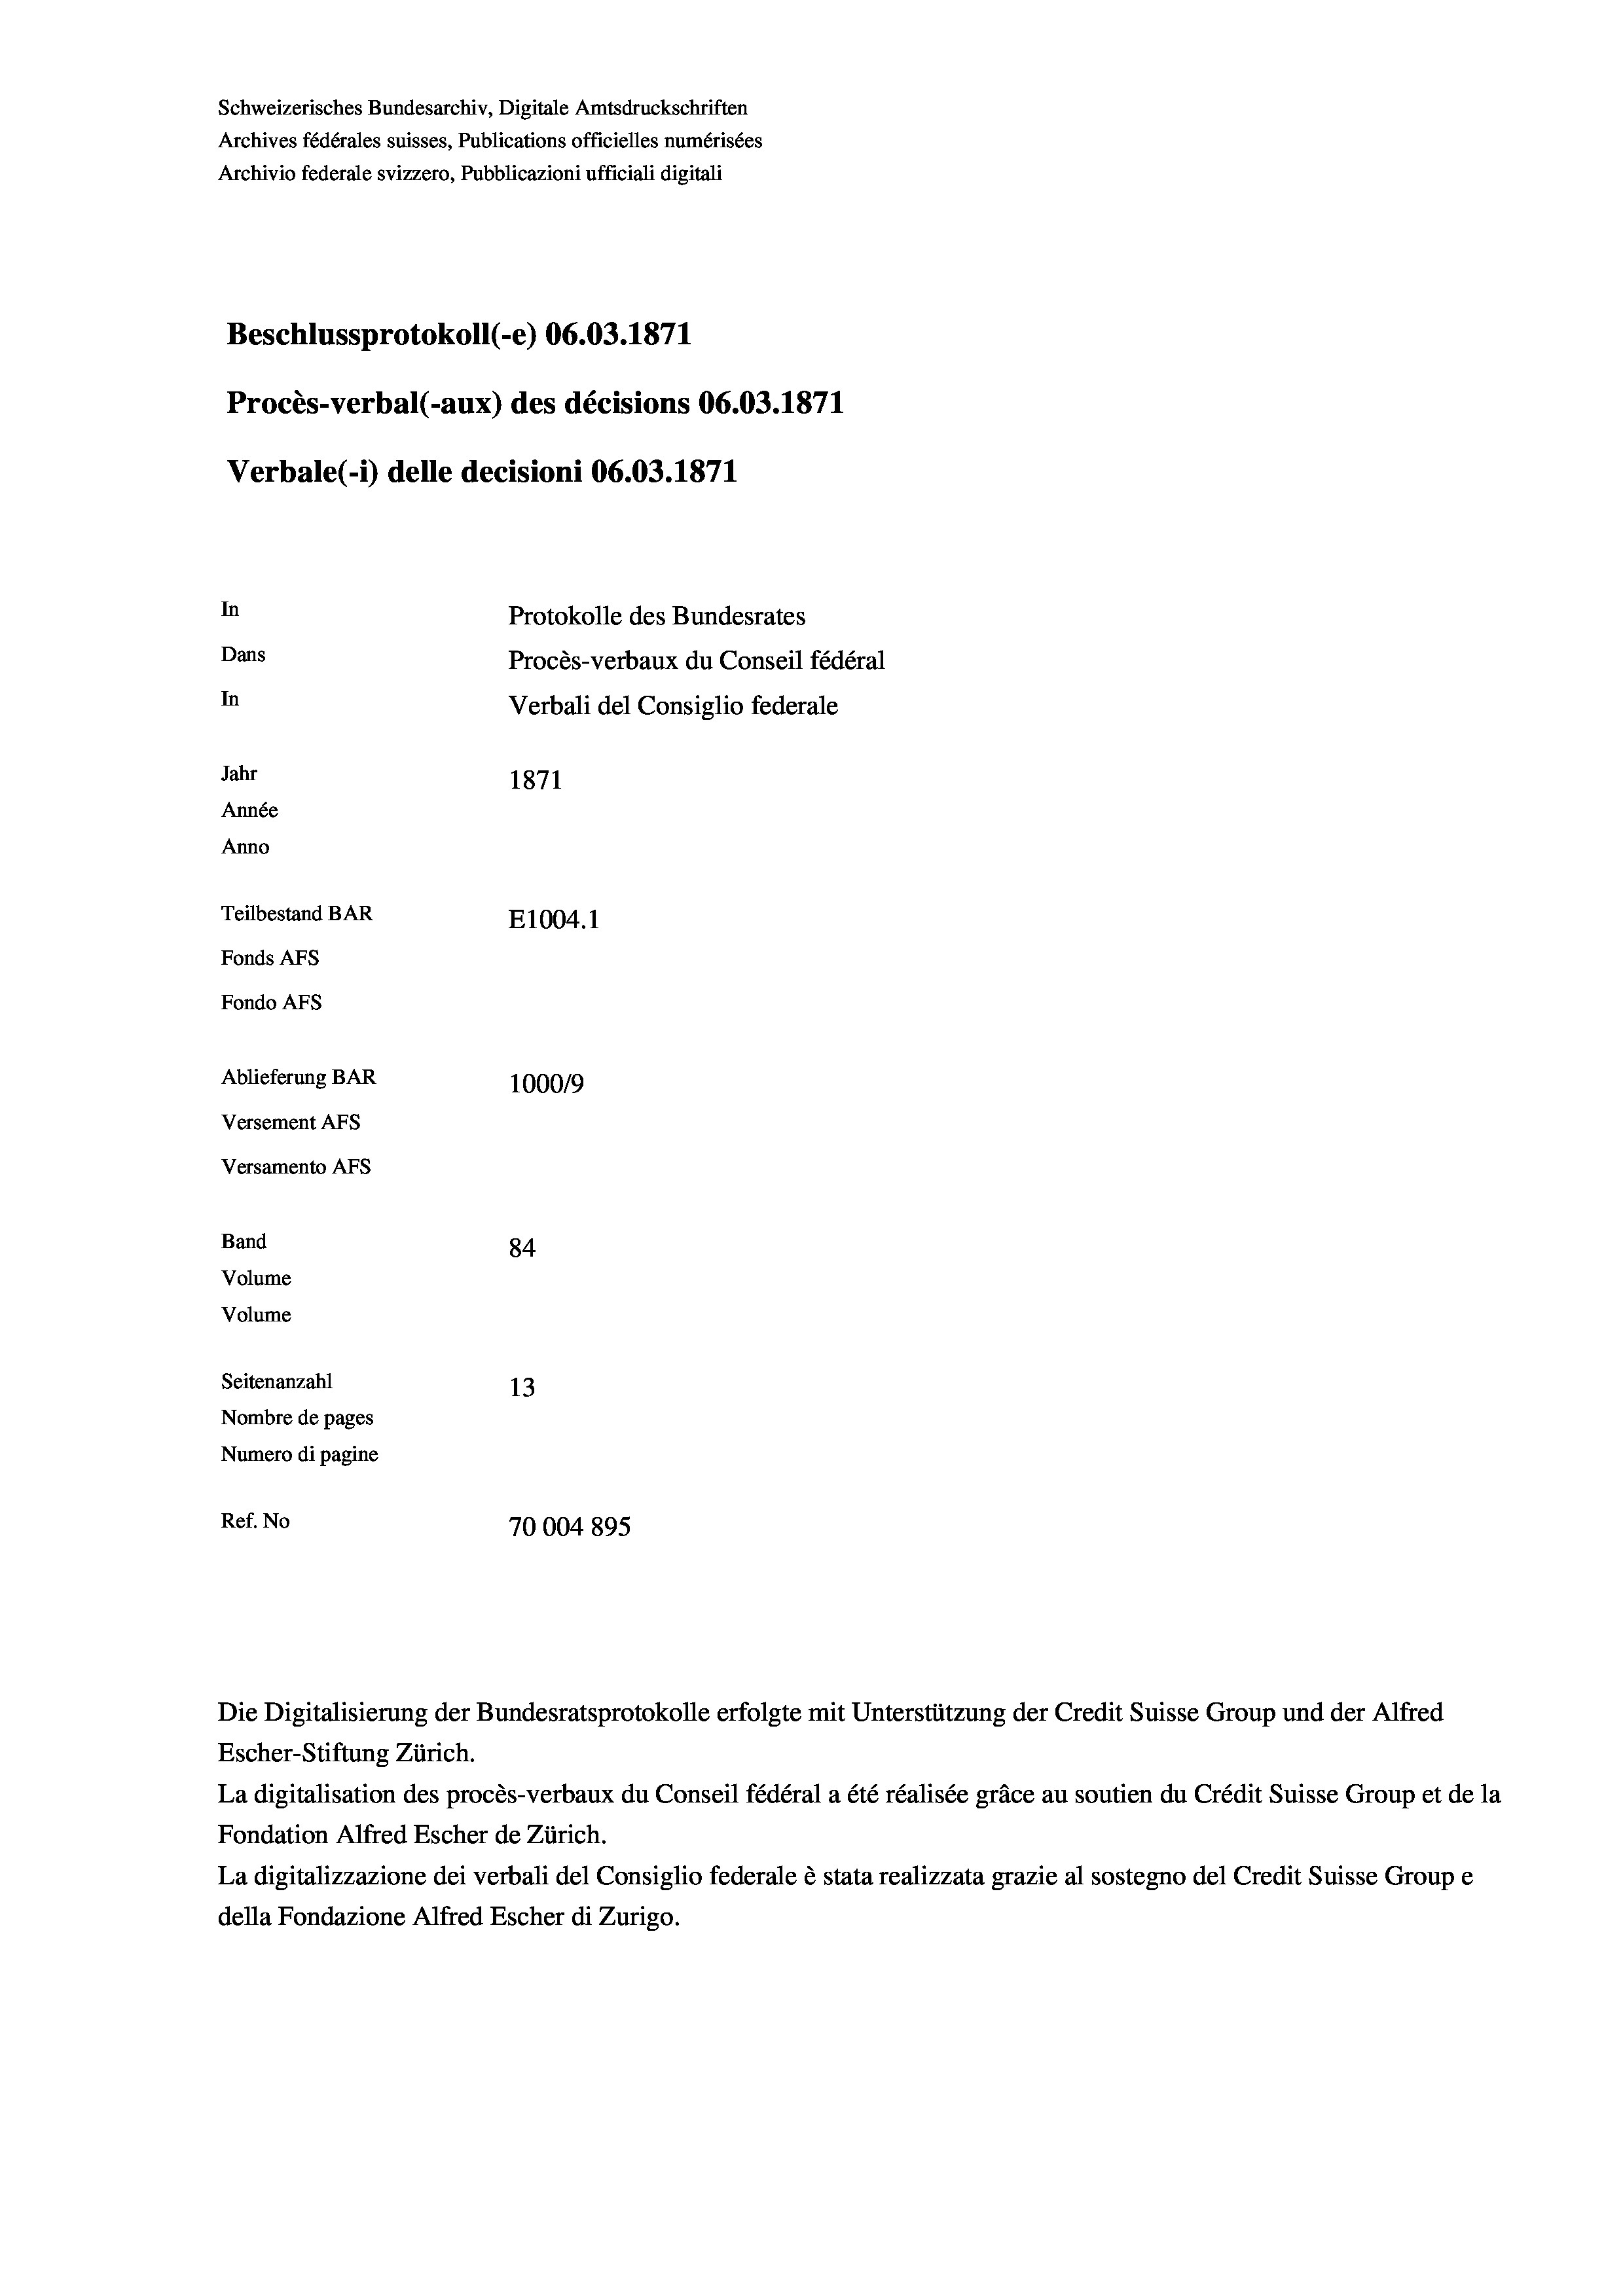
Schweizerisches Bundesarchiv, Digitale Amtsdruckschriften
Archives fédérales suisses, Publications officielles numérisées
Archivio federale svizzero, Pubblicazioni ufficiali digitali
Beschlussprotokoll (-e) 06.03. 1871
Procès-verbal (-aux) des décisions 06.03. 1871
Verbale(-*) delle decisioni 06.03. 1871
In
Protokolle des Bundesrates
Dans
Procès-verbaux du Conseil fédéral
In
Verbali del Consiglio federale
Jahr
1871
Année
Anno
Teilbestand BAR
E1004. 1
Fonds Afs
Fondo AFs
Ablieferung BAR
100019
Versement Abs
Versamento AFs

84
13
Nombre de pages
Numero di pagine
Ref. No
70004 895

Band
Volume

Volume
Seitenanzahl

Escher-Stiftung Zürich.

Die Digitalisierung der Bundesratsprotokolle erfolgte mit Unterstützung der Credit Suisse Group und der Alfred

La digitalisation des procès-verbaux du Conseil fédéral a été réalisée gräce au soutien du Crédit Suisse Group et de la
Fondation Alfred Escher de Zürich.
La digitalizzazione dei verbali del Consiglio federale è stata realizzata grazie al sostegno del Credit Suisse Groupe
della Fondazione Alfred Escher di Zurigo.